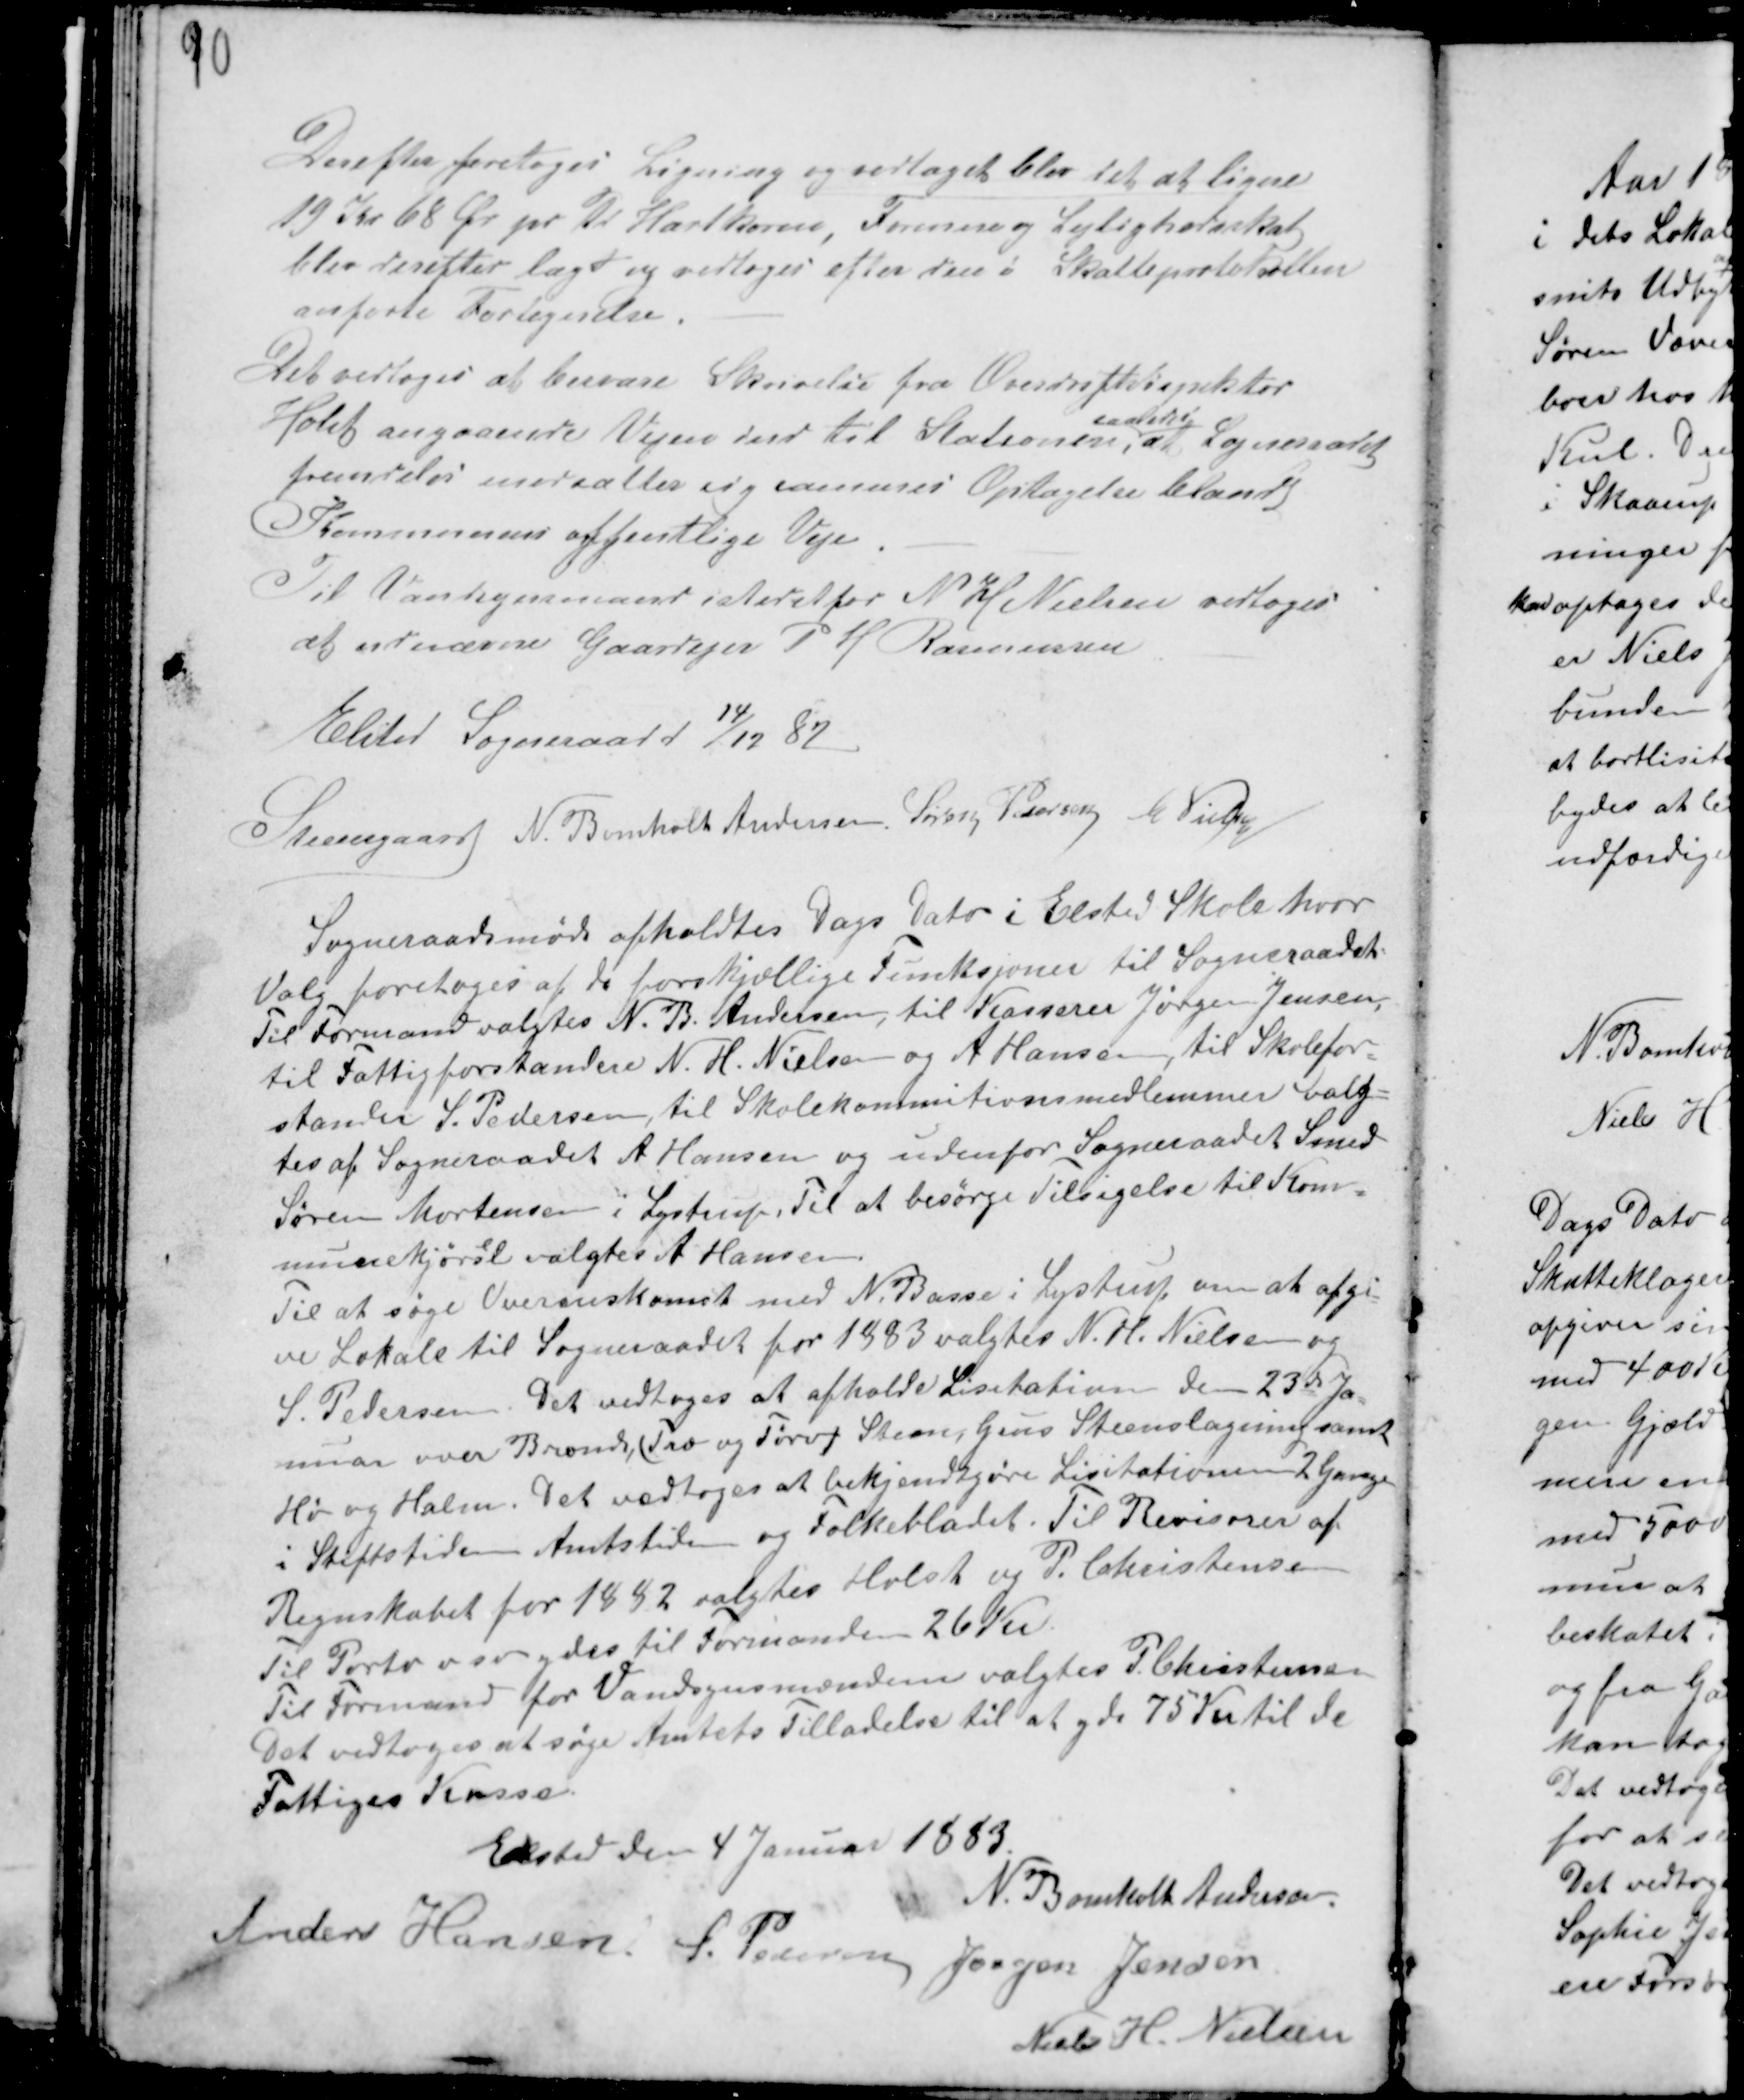
Transskription:
Derefter foretoges Ligning og vedtaget blev det at ligne
19 Kr 68 Ør pr Td Hartkorn, Formue og Lejlighedsskat
blev derefter lagt og vedtoges efter den i Skoleprotokollen
anførte Fortegnelse. -
Det vedtoges at besvare Skrivelse fra Overdriftsinspektør
Holst angaaende Vejen ind til Stationen,
saaledes
at Sogneraadet
fremdeles modsætter sig sammes Optagelse blandt
Kommunens offentlige Veje. -
Til Vandsynsmand istedetfor N H Nielsen vedtoges
at udnævne Gaardejer P H Rasmussen.
Elsted Sogneraad d 14/12 82.
Steensgaard N. Bomholt Andersen Søren Pedersen C Nielsen

Sogneraadsmøde afholdtes Dags Dato i Elsted Skole hvor
Valg foretoges af de forskjellige Funksjoner til Sogneraadet.
Til Formand valgtes N. B. Andersen, til Kasserer Jørgen Jensen,
til Fattigforstandere N. H. Nielsen og A Hansen, til Skolefor-
stander S. Pedersen til Skolekommitionsmedlemmer valg-
tes af Sogneraadet A Hansen og udenfor Sogneraadet Smed
Søren Mortensen i Lystrup. Til at besørge Tilsigelse til Kom-
munekjørsel valgtes A Hansen.
Til at søge Overenskomst med N. Basse i Lystrup om at afgi-
ve Lokale til Sogneraadet for 1883 valgtes N. H. Nielsen og
S. Pedersen. Det vedtoges at afholde Lisitation den 23de Ja-
nuar over Brænde, (Træ og Tørv) Steen, Grus Steenslagning samt
Hø og Halm. Det vedtoges at bekjendtgjøre Lisitationen 2 Gange
i Stiftstiden Amtstiden og Folkebladet. Til Revisorer af
Regnskabet for 1882 valgtes Holst og P. Christensen
Til Porto osv ydes til Formanden 26 Kr.
Til Formand for Vandsynsmændene valgtes P. Christensendene
Det vedtoges at søge Amtets Tilladelse til at yde 75 Kr til de
Fattiges Kasse.
Elsted den 4 Januar 1883.
N. Bomholt Andersen.
Anders Hansen S. Pedersen Jørgen Jensen
Niels H. Nielsen